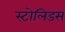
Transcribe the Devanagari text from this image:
स्टोलिडस